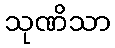
သုဏိသာ